Rangoon Lunatic Asylum 1893-1897 - 1893-1897
Year: 1893
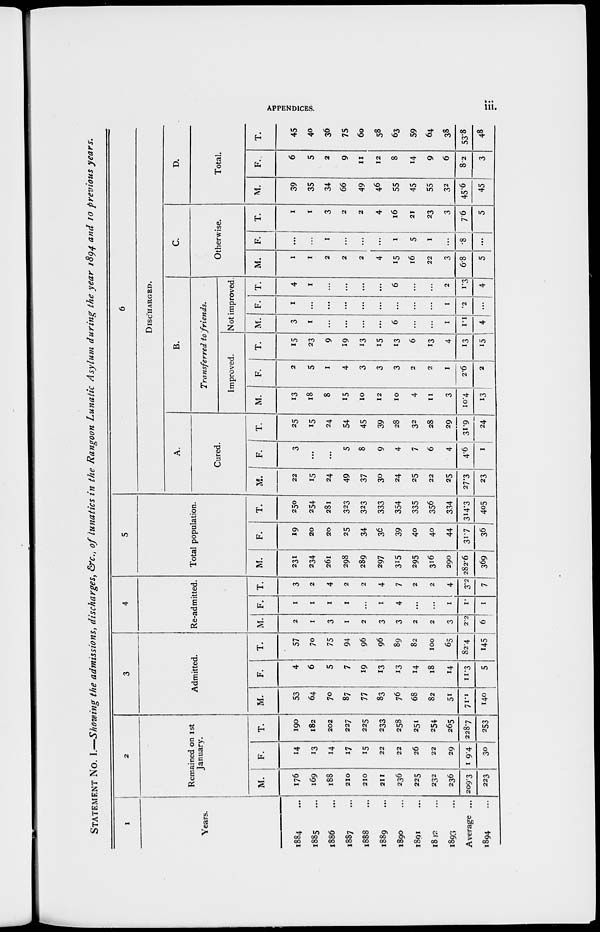
APPENDICES.
iii.
STATEMENT No. I.—Showing the admissions, discharges, &c., of lunatics in the Rangoon Lunatic Asylum during the year 1894 and 10 previous years.
I
Years.
1884 ...
1885 ...
1886 ...
1887 ...
1888 ...
1889 ...
1890 ...
1891 ...
1892 ...
1893 ...
Average ...
1894 ...
2
Remained on 1st
January.
M.
176
169
188
210
210
211
236
225
232
236
209.3
223
F.
14
13
14
17
15
22
22
26
22
29
19.4
30
T.
190
182
202
227
225
233
258
251
254
265
228.7
253
3
Admitted.
M.
53
64
70
87
77
83
76
68
82
51
71.1
140
F.
4
6
5
7
19
13
13
14
18
14
11.3
5
T.
57
70
75
94
96
96
89
82
100
65
82.4
145
4
Re-admitted.
M.
2
1
3
1
2
3
3
2
2
3
2.2
6
F.
1
1
1
1
...
1
4
...
...
1
1.
1
T.
3
2
4
2
2
4
7
2
2
4
3.2
7
5
Total population.
M.
231
234
261
298
289
297
315
295
316
290
282.6
369
F.
19
20
20
25
34
36
39
40
40
44
31.7
36
T.
250
254
281
323
323
333
354
335
356
334
314.3
405
6
DISCHARGED.
A.
Cured.
M.
22
15
24
49
37
30
24
25
22
25
27.3
23
F.
3
...
...
5
8
9
4
7
6
4
4.6
1
T.
25
15
24
54
45
39
28
32
28
29
31.9
24
B.
Transferred to friends.
Improved.
M.
13
18
8
15
10
12
10
4
11
3
10.4
13
F.
2
5
1
4
3
3
3
2
2
1
2.6
2
T.
15
23
9
19
13
15
13
6
13
4
13
15
Not improved
M.
3
1
...
...
...
...
6
...
...
1
1.1
4
F.
1
...
...
...
...
...
...
...
...
1
.2
...
T.
4
1
...
...
...
...
6
...
...
2
1.3
4
C.
Otherwise.
M.
1
1
2
2
2
4
15
16
22
3
6.8
5
F.
...
...
1
...
...
...
1
5
1
...
.8
...
T.
1
1
3
2
2
4
16
21
23
3
7.6
5
D.
Total.
M.
39
35
34
66
49
46
55
45
55
32
45.6
45
F..
6
5
2
9
11
12
8
14
9
6
8.2
3
T.
45
40
36
75
60
58
63
59
64
38
53.8
48